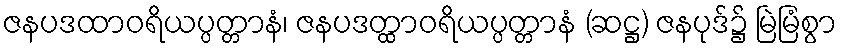
ဇနပဒထာဝရိယပ္ပတ္တာနံ၊ ဇနပဒတ္ထာဝရိယပ္ပတ္တာနံ (ဆဋ္ဌ) ဇနပုဒ်၌ မြဲမြံစွာ